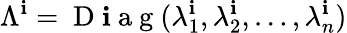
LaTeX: \Lambda^{\mathbf{i}}=\mathrm{{~D~\mathbf{i}~a~g~}}(\lambda_{1}^{\mathbf{i}},\lambda_{2}^{\mathbf{i}},\dots,\lambda_{n}^{\mathbf{i}})